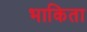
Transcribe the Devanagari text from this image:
भाकिता